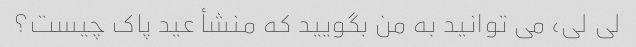
لی لی، می توانید به من بگویید که منشأ عید پاک چیست؟